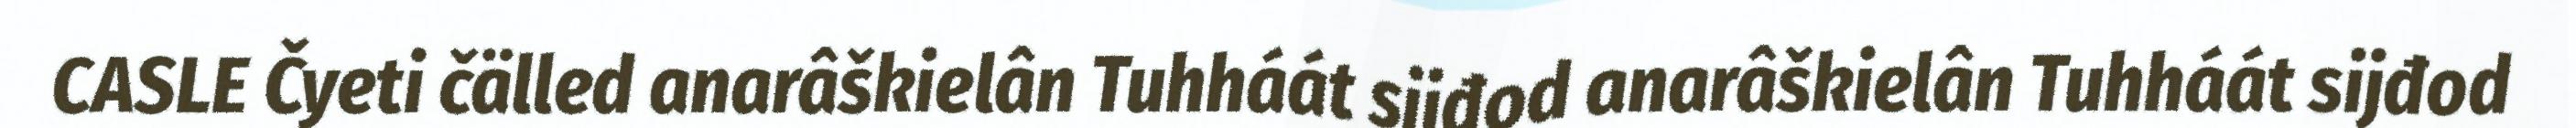
CASLE Čyeti čälled anarâškielân Tuhháát sijđod anarâškielân Tuhháát sijđod